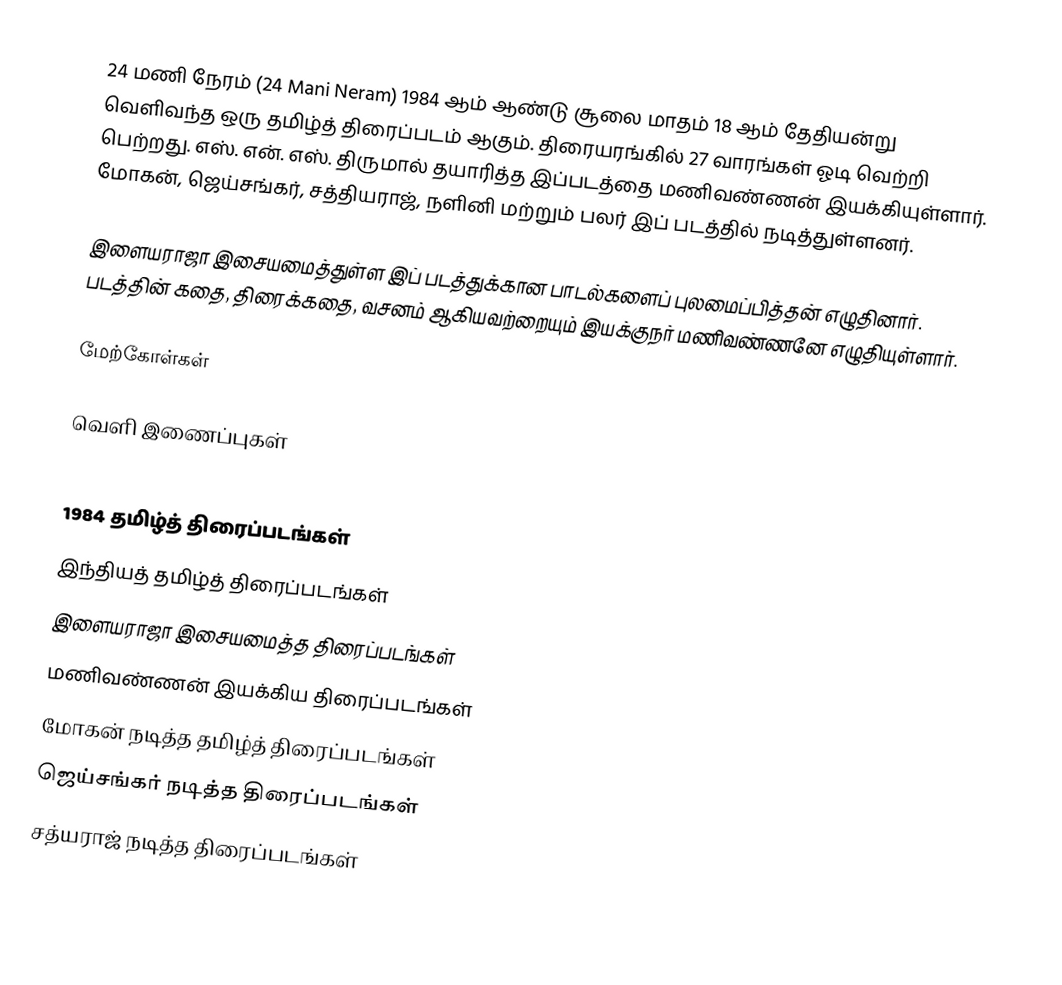
24 மணி நேரம் (24 Mani Neram) 1984 ஆம் ஆண்டு சூலை மாதம் 18 ஆம் தேதியன்று வெளிவந்த ஒரு தமிழ்த் திரைப்படம் ஆகும். திரையரங்கில் 27 வாரங்கள் ஓடி வெற்றி பெற்றது. எஸ். என். எஸ். திருமால் தயாரித்த இப்படத்தை மணிவண்ணன் இயக்கியுள்ளார். மோகன், ஜெய்சங்கர், சத்தியராஜ், நளினி மற்றும் பலர் இப் படத்தில் நடித்துள்ளனர்.

இளையராஜா இசையமைத்துள்ள இப் படத்துக்கான பாடல்களைப் புலமைப்பித்தன் எழுதினார். படத்தின் கதை, திரைக்கதை, வசனம் ஆகியவற்றையும் இயக்குநர் மணிவண்ணனே எழுதியுள்ளார்.

மேற்கோள்கள்

வெளி இணைப்புகள்

1984 தமிழ்த் திரைப்படங்கள்
இந்தியத் தமிழ்த் திரைப்படங்கள்
இளையராஜா இசையமைத்த திரைப்படங்கள்
மணிவண்ணன் இயக்கிய திரைப்படங்கள்
மோகன் நடித்த தமிழ்த் திரைப்படங்கள்
ஜெய்சங்கர் நடித்த திரைப்படங்கள்
சத்யராஜ் நடித்த திரைப்படங்கள்